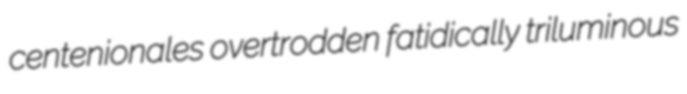
centenionales overtrodden fatidically triluminous